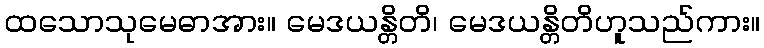
ထသောသုမေဓာအား။ မေဒယန္တိတိ၊ မေဒယန္တိတိဟူသည်ကား။